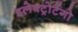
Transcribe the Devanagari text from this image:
इलेक्ट्रोटैंगो